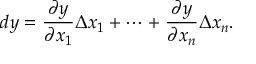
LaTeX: d y = { \frac { \partial y } { \partial x _ { 1 } } } \Delta x _ { 1 } + \cdots + { \frac { \partial y } { \partial x _ { n } } } \Delta x _ { n } .